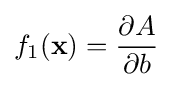
f_{1}(\mathbf {x} )={\frac {\partial A}{\partial b}}